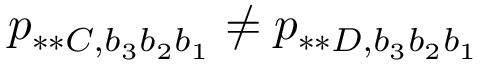
p _ { \ast \ast C , b _ { 3 } b _ { 2 } b _ { 1 } } \neq p _ { \ast \ast D , b _ { 3 } b _ { 2 } b _ { 1 } }